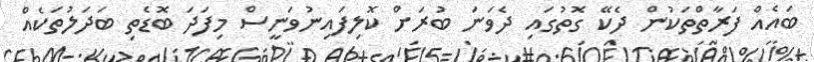
ބައެއް ފަރާތްތަކުން ދެކޭ ގޮތުގައި ދެވަނަ ބުރަށް ކޮލިފައިނުވަނީސް މިފަދަ ބޮޑެތި ބަދަލުތަކެއް